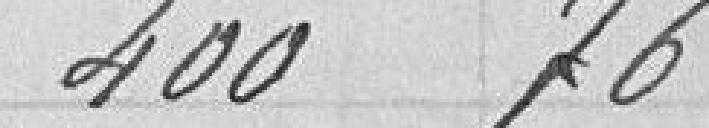
400,76